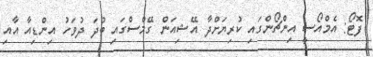
ފޮޓޯ: އެމްއޯސީ އިންޗޯންގައި ކުރިޔަށްދާ އޭޝިއަން ގޭމްސްގައި ބުދަ ދުވަހު އިންޑިއާ އާއި